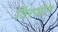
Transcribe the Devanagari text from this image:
विरजोन